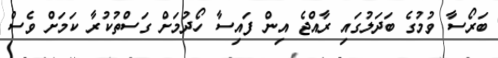
ބަރޯސާ ވުމުގެ ބަދަލުގައި ރާއްޖެ އިން ފައިސާ ހޯދުމަށް ގަސްތުކުރާ ކަމަށް ވެސް